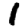
Digit: 1